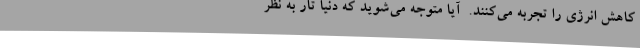
کاهش انرژی را تجربه می‌کنند.  آیا متوجه می‌شوید که دنیا تار به نظر